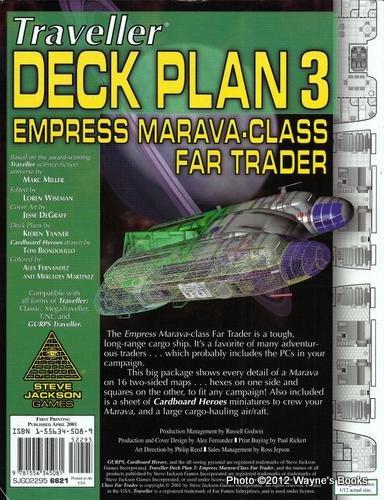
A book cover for Traveller Deck Plan 3: Empress Marava-Class Far Trader; Steve Jackson Games; Science Fiction & Fantasy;